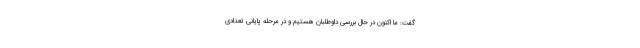
گفت: ما اکنون در حال بررسی داوطلبان هستیم و در مرحله پایانی تعدادی